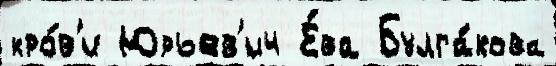
кро́в'и Юрьев'ич Е́ва Булга́кова